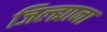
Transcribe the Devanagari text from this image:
जिल्ह्याना